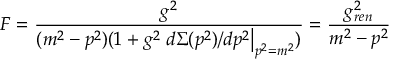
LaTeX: F = \frac { g ^ { 2 } } { ( m ^ { 2 } - p ^ { 2 } ) ( 1 + g ^ { 2 } \left. d \Sigma ( p ^ { 2 } ) / d p ^ { 2 } \right| _ { p ^ { 2 } = m ^ { 2 } } ) } = \frac { g _ { r e n } ^ { 2 } } { m ^ { 2 } - p ^ { 2 } }